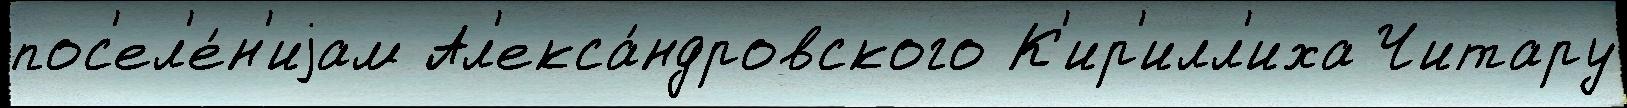
пос'ел'е́н'иjам Ал'екса́ндровского К'ир'илл'иха Читару